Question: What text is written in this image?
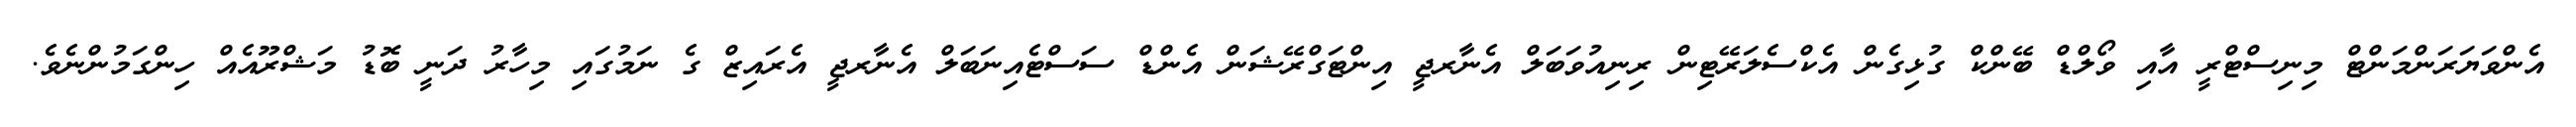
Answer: އެންވަޔަރަންމަންޓް މިނިސްޓްރީ އާއި ވޯލްޑް ބޭންކް ގުޅިގެން އެކްސެލަރޭޓިން ރިނިއުވަބަލް އެނާރޖީ އިންޓަގްރޭޝަން އެންޑް ސަސްޓެއިނަބަލް އެނާރޖީ އެރައިޒް ގެ ނަމުގައި މިހާރު ދަނީ ބޮޑު މަޝްރޫއެއް ހިންގަމުންނެވެ.